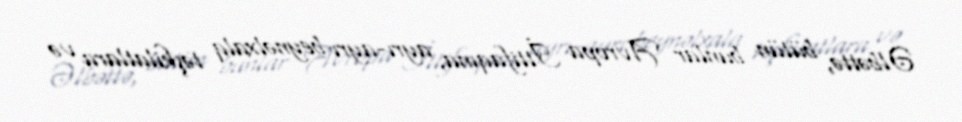
Əlbəttə, bütün bunlar Avropa İttifaqına, ayrı-ayrı beynəlxalq təşkilatlara və